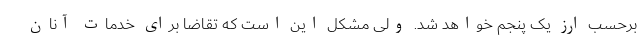
برحسب ارز یک پنجم خواهد شد. ولی مشکل این است که تقاضا برای خدمات آنان